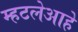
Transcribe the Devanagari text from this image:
म्हटलेआहे